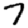
Digit: 7